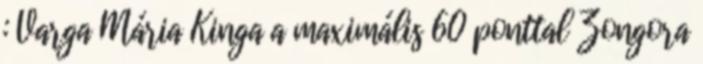
: Varga Mária Kinga a maximális 60 ponttal Zongora